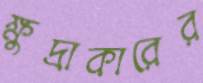
ক্ষুদ্রাকারের